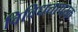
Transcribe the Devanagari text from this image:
विविधतापरक